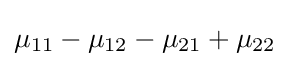
\mu _{11}-\mu _{12}-\mu _{21}+\mu _{22}